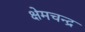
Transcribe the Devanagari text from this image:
क्षेमचन्‍द्र